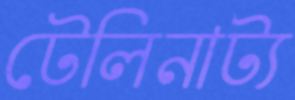
টেলিনাট্য